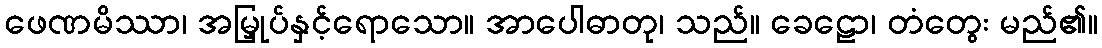
ဖေဏမိဿာ၊ အမြှုပ်နှင့်ရောသော။ အာပေါဓာတု၊ သည်။ ခေဠော၊ တံတွေး မည်၏။